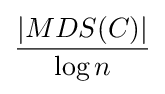
{\frac {|MDS(C)|}{\log {n}}}